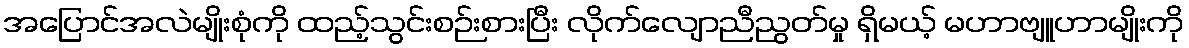
အပြောင်အလဲမျိုးစုံကို ထည့်သွင်းစဉ်းစားပြီး လိုက်လျောညီညွတ်မှု ရှိမယ့် မဟာဗျူဟာမျိုးကို